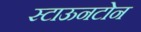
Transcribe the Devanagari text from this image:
स्टाऊनटोन